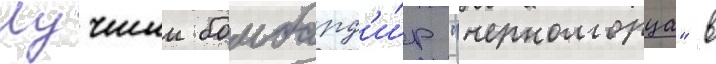
Лучшии бомбард'и́р "черноморца" в